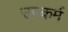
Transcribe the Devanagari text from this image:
उपकर्म